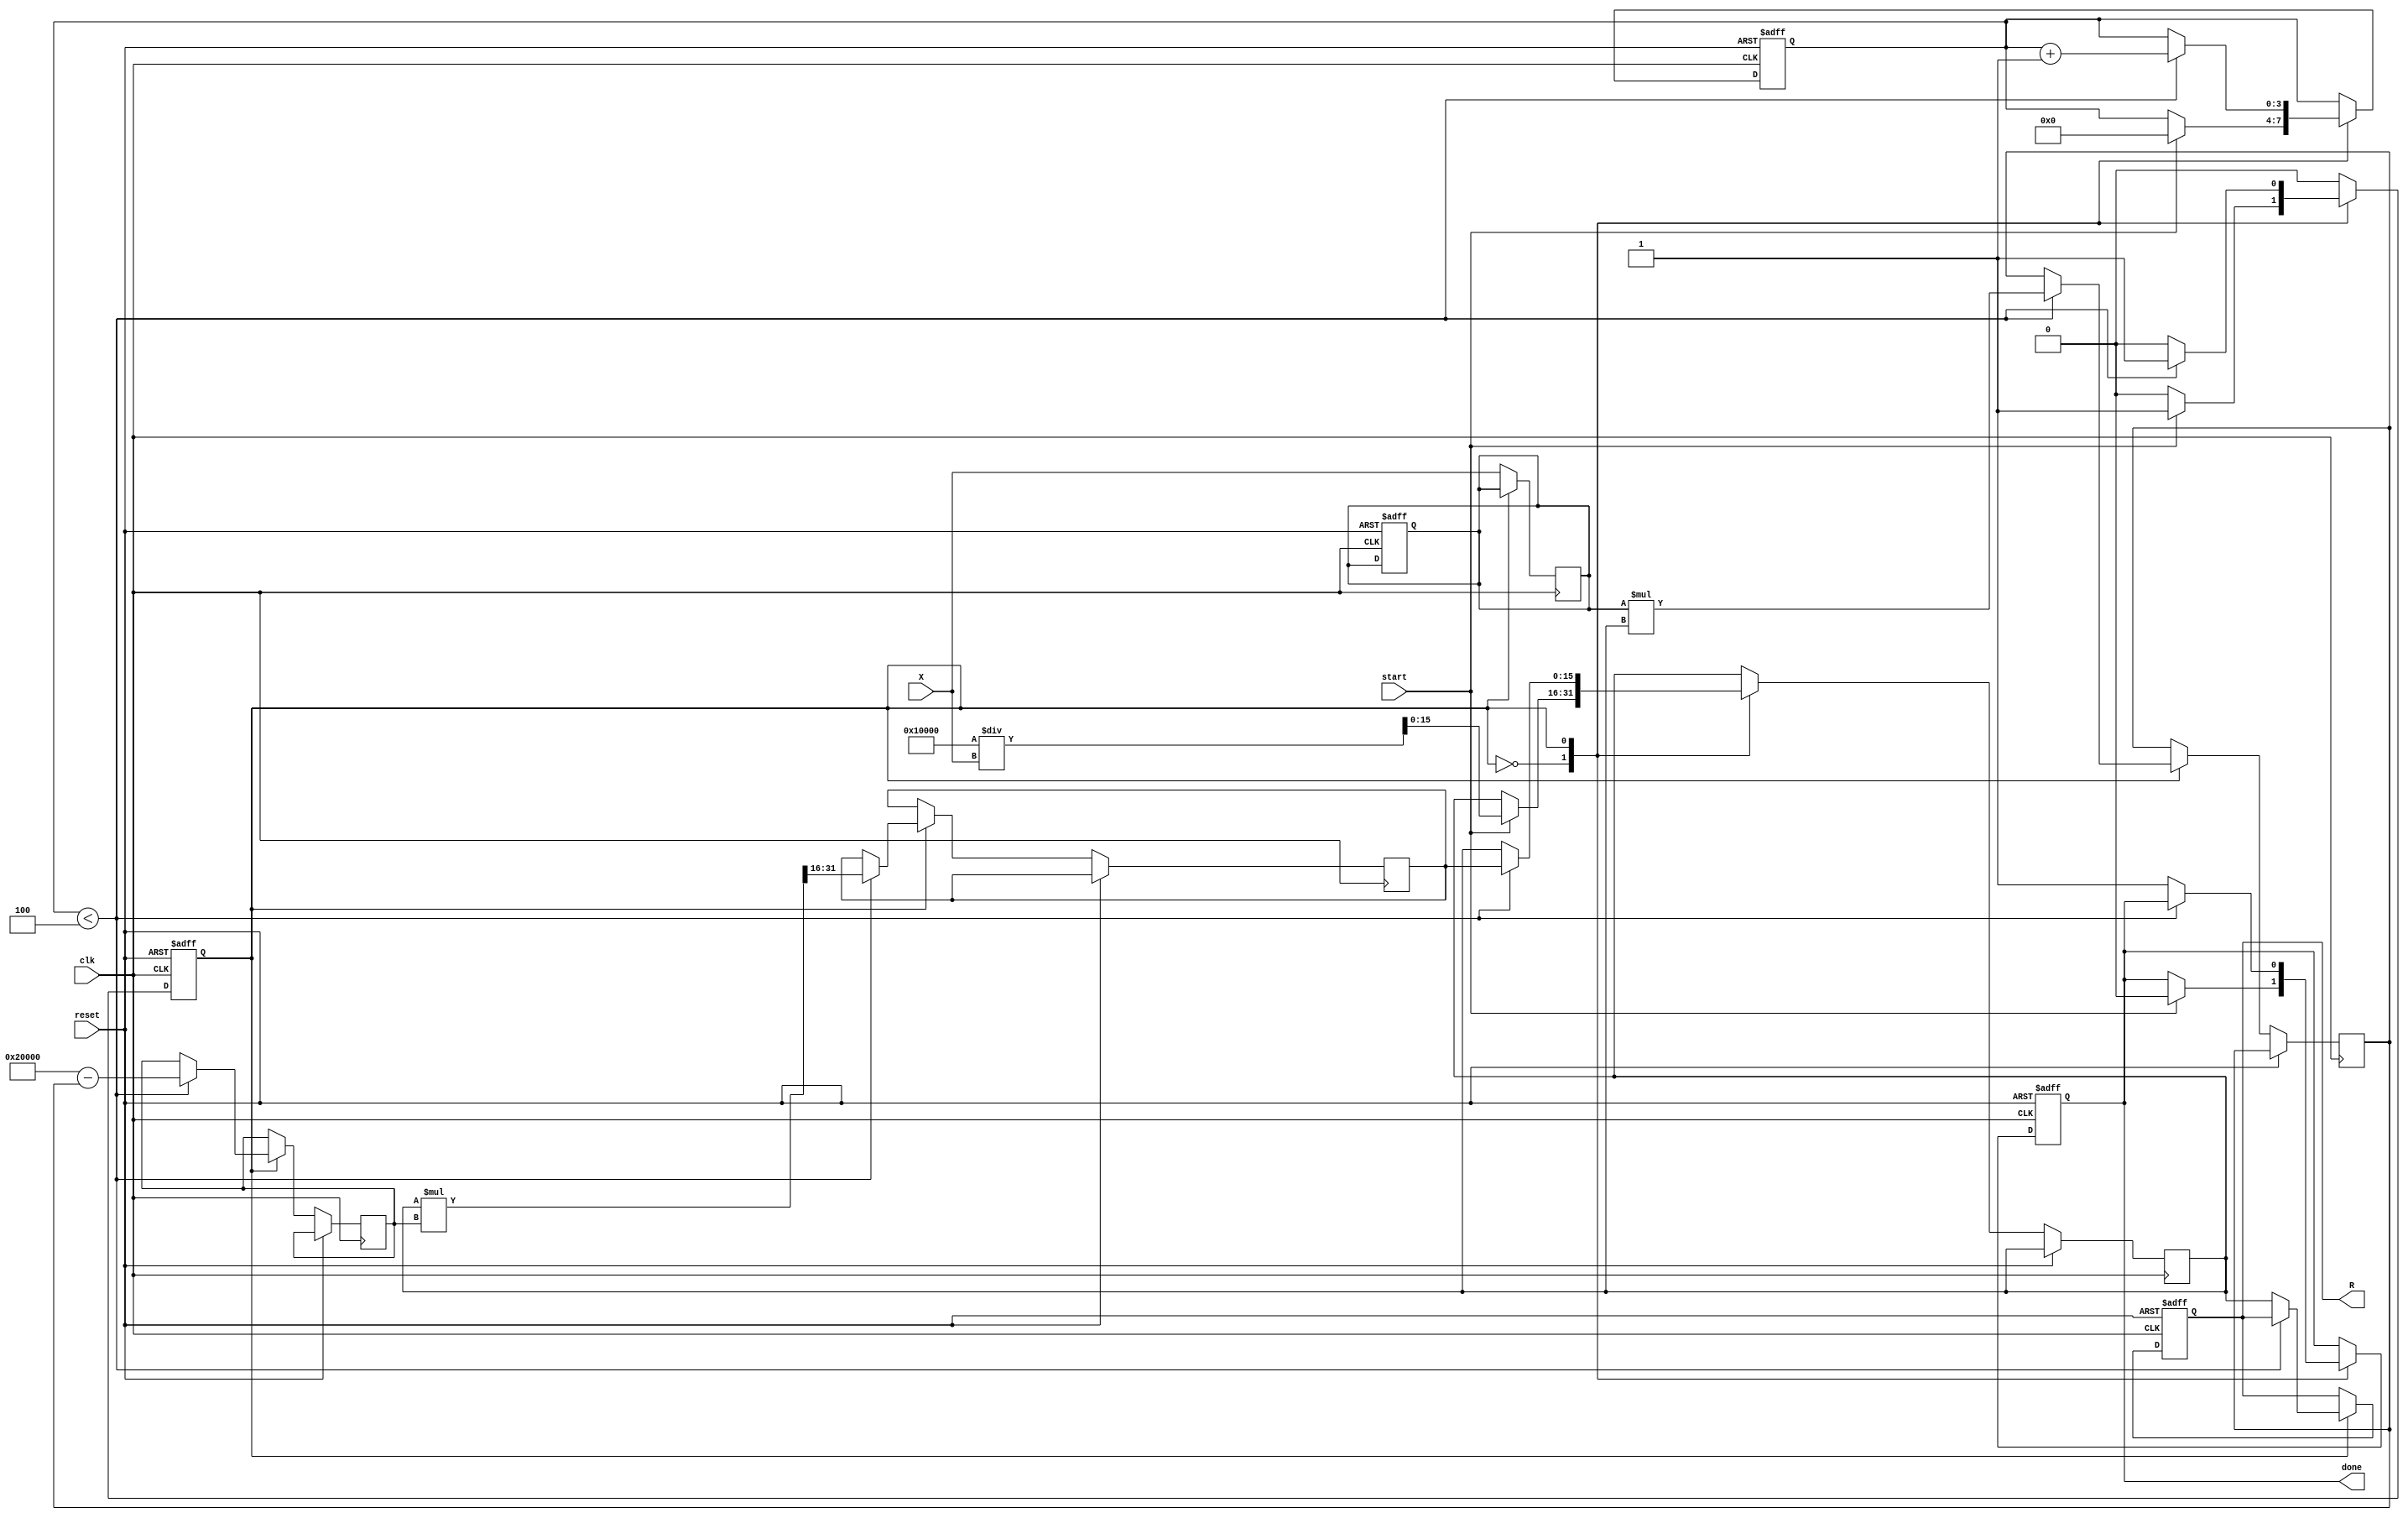
module newton_raphson_reciprocal #(
    parameter N = 16,    // Input width
    parameter M = 16,    // Output width
    parameter K = 4      // Number of iterations
)(
    input wire clk,
    input wire reset,
    input wire start,
    input wire [N-1:0] X, // Input signal
    output reg [M-1:0] R,  // Output reciprocal
    output reg done        // Done signal
);

// Internal registers
reg [M-1:0] R_reg;
reg [M-1:0] R_next;
reg [N-1:0] X_reg;
reg [2*M-1:0] product; // To hold the product X * R
reg [2*M-1:0] temp;    // To hold intermediate results
reg [3:0] iteration_count; // Iteration counter
reg state; // State variable to manage computation

localparam IDLE = 1'b0;
localparam RUNNING = 1'b1;

// Initialization of registers
always @(posedge clk or posedge reset) begin
    if (reset) begin
        R <= 0;
        X_reg <= 0;
        iteration_count <= 0;
        done <= 0;
        state <= IDLE;
    end else begin
        case (state)
            IDLE: begin
                if (start) begin
                    // Initialize R with the first guess: R0 = (2^M) / X
                    R_reg <= (1 << M) / X; // This assumes X is non-zero
                    iteration_count <= 0;
                    done <= 0;
                    state <= RUNNING;
                end
            end
            RUNNING: begin
                if (iteration_count < K) begin
                    // Calculate the product: X * R
                    product <= X_reg * R_reg;

                    // Update R using the Newton-Raphson formula: R = R * (2 - X * R)
                    temp <= (1 << (M+1)) - product; // 2^M - (X * R)
                    R_next <= R_reg * temp >> M; // Multiplication and shifting

                    // Update registers for next iteration
                    R_reg <= R_next;
                    iteration_count <= iteration_count + 1;
                end else begin
                    R <= R_reg; // Set output R
                    done <= 1;  // Signal that computation is done
                    state <= IDLE; // Go back to IDLE state
                end
            end
        endcase
    end
end

// Latch input X
always @(posedge clk) begin
    if (state == IDLE) begin
        X_reg <= X; // Latch input when in IDLE state
    end
end

endmodule